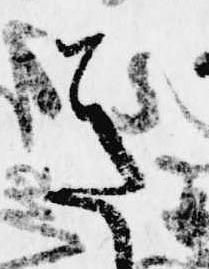
き